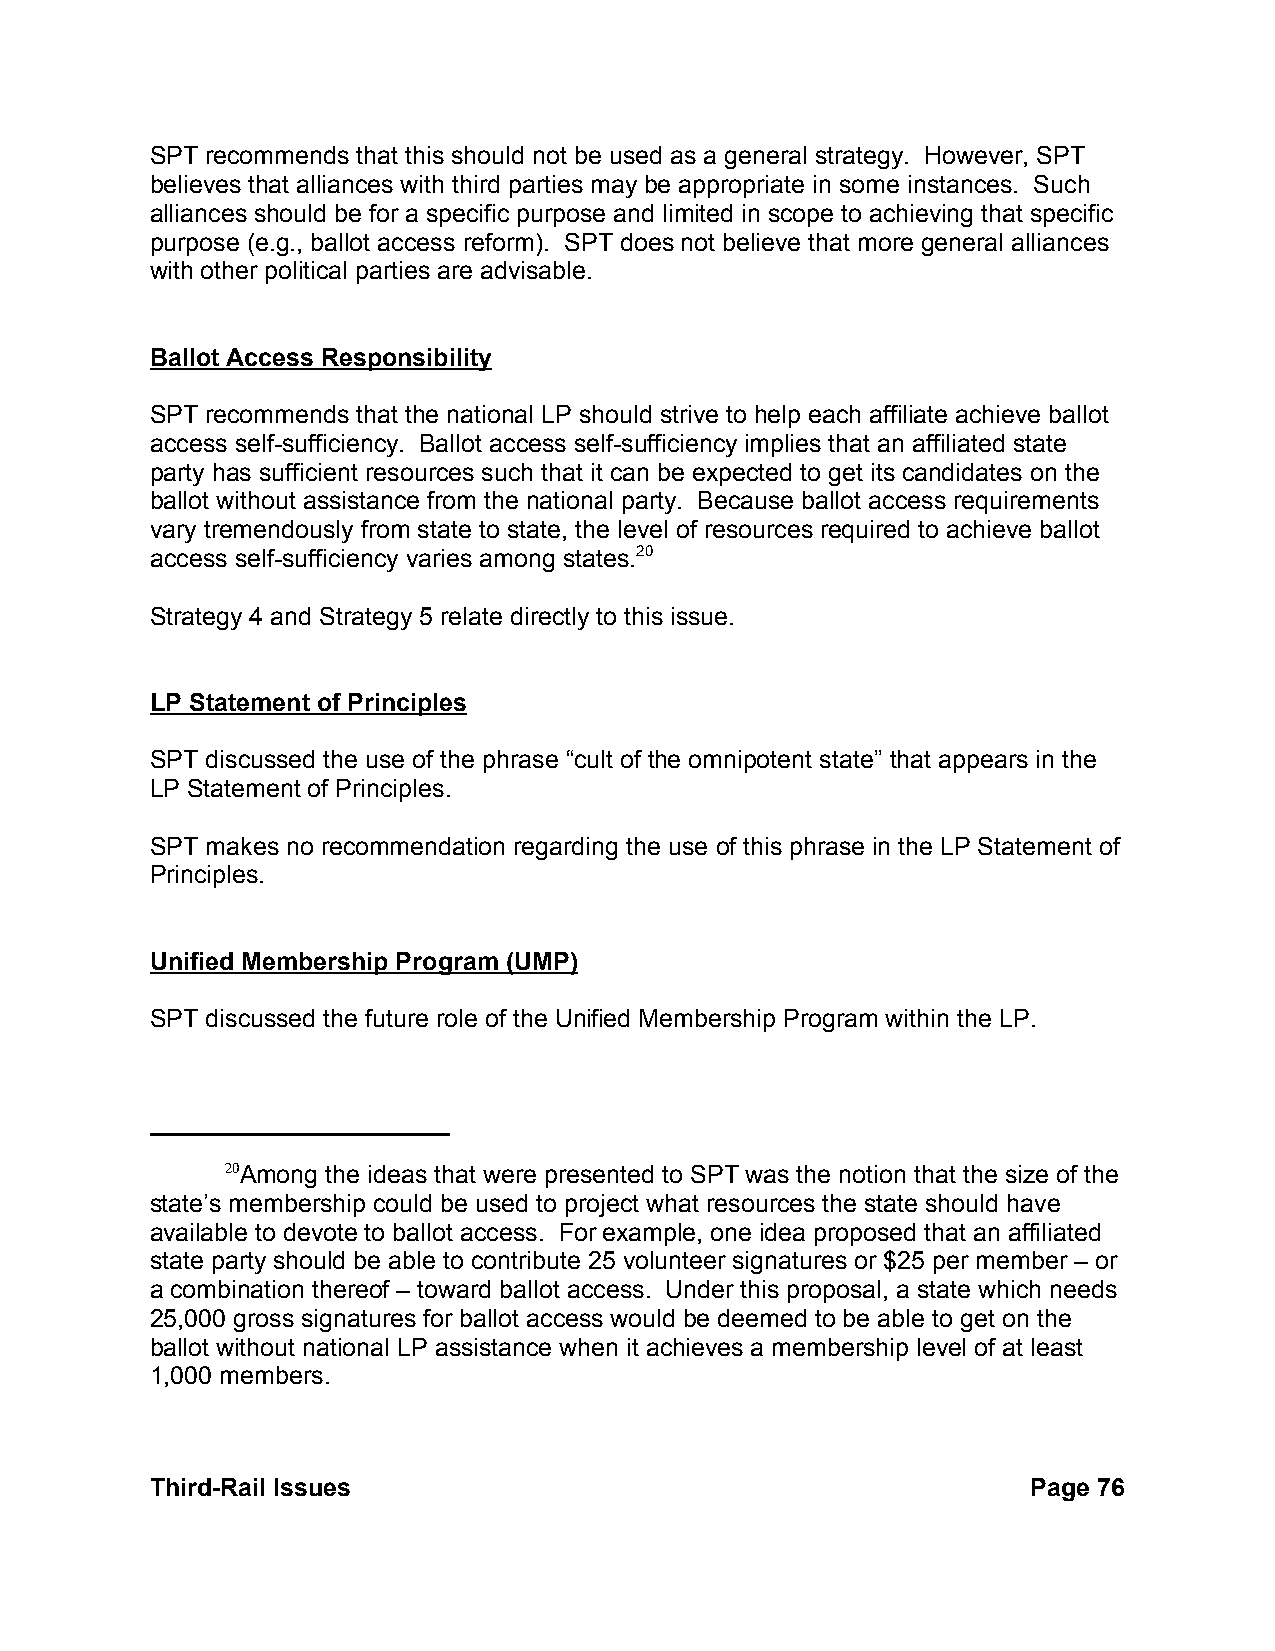
SPT recommends that this should not be used as a general strategy. However, SPT
 believes that alliances with third parties may be appropriate in some instances. Such
 alliances should be for a specific purpose and limited in scope to achieving that specific
 purpose (e.g., ballot access reform). SPT does not believe that more general alliances
 with other political parties are advisable.
 Ballot Access Responsibility
 SPT recommends that the national LP should strive to help each affiliate achieve ballot
 access self-sufficiency. Ballot access self-sufficiency implies that an affiliated state
 party has sufficient resources such that it can be expected to get its candidates on the
 ballot without assistance from the national party. Because ballot access requirements
 vary tremendously from state to state, the level of resources required to achieve ballot
 access self-sufficiency varies among states.20
 Strategy 4 and Strategy 5 relate directly to this issue.
 LP Statement of Principles
 SPT discussed the use of the phrase “cult of the omnipotent state” that appears in the
 LP Statement of Principles.
 SPT makes no recommendation regarding the use of this phrase in the LP Statement of
 Principles.
 Unified Membership Program (UMP)
 SPT discussed the future role of the Unified Membership Program within the LP.
 20Among the ideas that were presented to SPT was the notion that the size of the
 state’s membership could be used to project what resources the state should have
 available to devote to ballot access. For example, one idea proposed that an affiliated
 state party should be able to contribute 25 volunteer signatures or $25 per member – or
 a combination thereof – toward ballot access. Under this proposal, a state which needs
 25,000 gross signatures for ballot access would be deemed to be able to get on the
 ballot without national LP assistance when it achieves a membership level of at least
 1,000 members.
 Third-Rail Issues                                         Page 76